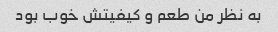
به نظر من طعم و کیفیتش خوب بود